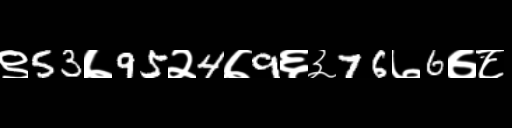
Text: ९53७95२4७9६३76७6७८